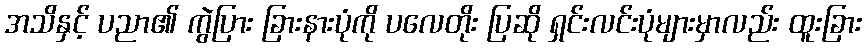
အသိနှင့် ပညာ၏ ကွဲပြား ခြားနားပုံကို ပလေတိုး ပြဆို ရှင်းလင်းပုံများမှာလည်း ထူးခြား